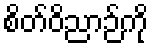
စိတ်ဝိညာဉ်ကို